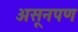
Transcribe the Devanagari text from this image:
असूनपण